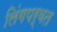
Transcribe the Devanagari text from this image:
लिंगपर्वत